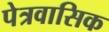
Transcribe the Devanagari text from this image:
पेत्रवासिक